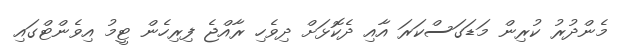
މެންދުރު ކުރިން މަޑަގަސްކަރަ އާއި ދެކޮޅަށް ދިވެހި ރާއްޖެ ފިރިހެން ޓީމު އިވެންޓްގައި